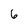
Character: 6